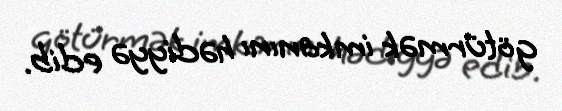
götürmək imkanını hədiyyə edib.